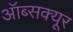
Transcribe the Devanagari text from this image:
ऑब्सक्यूर